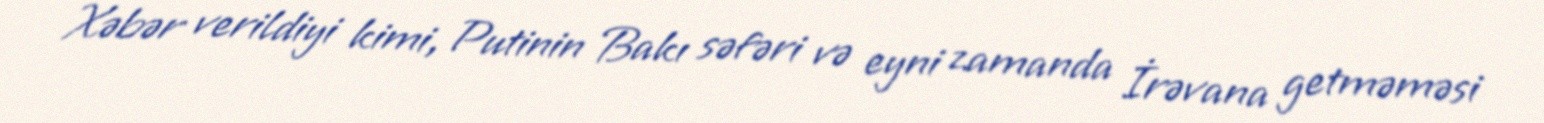
Xəbər verildiyi kimi, Putinin Bakı səfəri və eyni zamanda İrəvana getməməsi